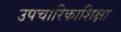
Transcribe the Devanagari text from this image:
उपचारिकाशिक्षा